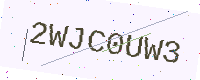
Text: 2WJC0UW3